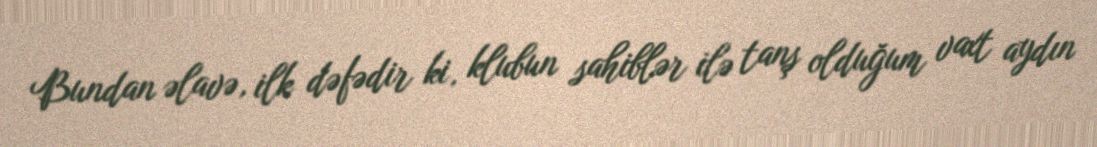
Bundan əlavə, ilk dəfədir ki, klubun sahiblər ilə tanş olduğum vaxt aydın